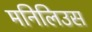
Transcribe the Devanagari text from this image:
मनिलिउस